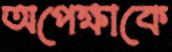
অপেক্ষাকে